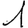
Digit: 1